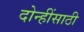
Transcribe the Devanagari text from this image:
दोन्हींसाठी